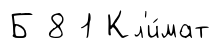
Б 8 1 Кл'и́мат